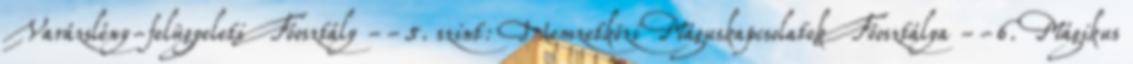
Varázslény-felügyeleti Főosztály --5. szint: Nemzetközi Máguskapcsolatok Főosztálya --6. Mágikus